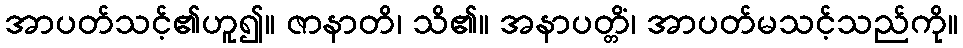
အာပတ်သင့်၏ဟူ၍။ ဇာနာတိ၊ သိ၏။ အနာပတ္တိံ၊ အာပတ်မသင့်သည်ကို။